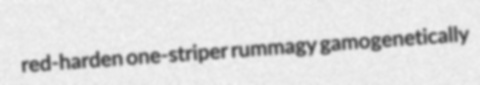
red-harden one-striper rummagy gamogenetically